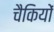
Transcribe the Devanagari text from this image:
चैकियों